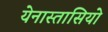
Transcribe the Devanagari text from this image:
येनास्तासियो